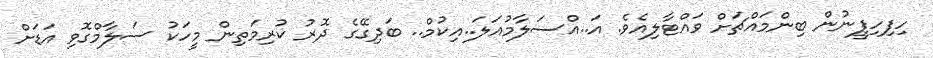
ހިފިހިފީނުން ބިންމައްޗަށް ވައްޓާލިއެވެ. އަ..އްސަލާމުއަލަ..އިކުމް.. ބަދިގޭގެ ދޮރު ކުރިމަތިން މީހަކު ސަލާމްގޮވި އަޑަށް